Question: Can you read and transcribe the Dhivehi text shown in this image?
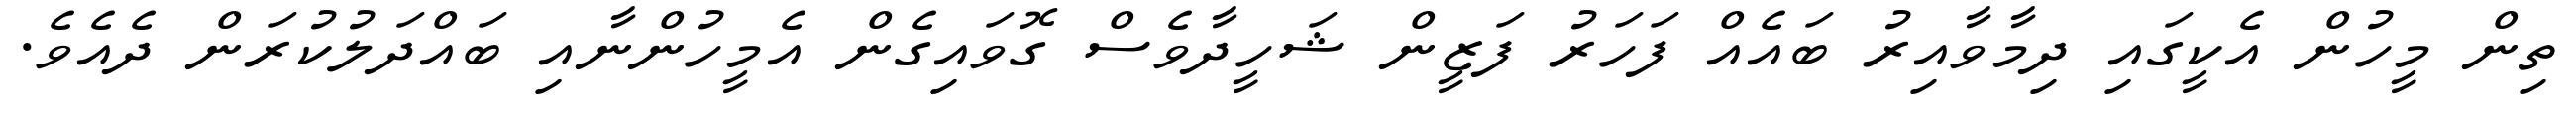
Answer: ތިން މީހުން އެކީގައި ދިމާވާއިރު ބައެއް ފަހަރު ފަޒީން ޝަހީދާވެސް ގޮވައިގެން އެމީހުންނާއި ބައްދަލުކުރަން ދެއެވެ.